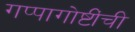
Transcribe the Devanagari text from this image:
गप्पागोष्टींची